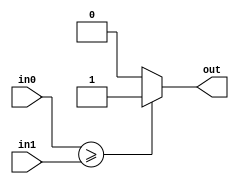
module comp_ae(input wire [7:0]in0,
					input wire [7:0]in1,
					output reg out);
					
always@( * )		
begin	
if (in0 >= in1)
	out = 1;
else 
	out = 0;
end
endmodule